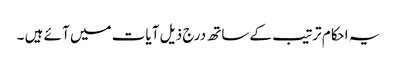
یہ احکام ترتیب کے ساتھ درج ذیل آ یات میں آ ئے ہیں ۔